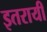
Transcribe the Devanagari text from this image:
इतरायी